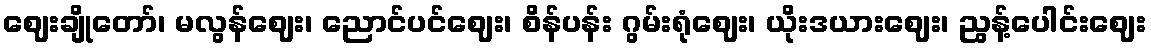
ဈေးချိုတော်၊ မလွန်ဈေး၊ ညောင်ပင်ဈေး၊ စိန်ပန်း ဂွမ်းရုံဈေး၊ ယိုးဒယားဈေး၊ ညွန့်ပေါင်းဈေး